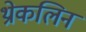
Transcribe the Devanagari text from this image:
थ्रोकलिन